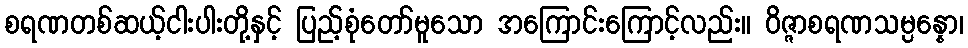
စရဏတစ်ဆယ့်ငါးပါးတို့နှင့် ပြည့်စုံတော်မူသော အကြောင်းကြောင့်လည်း။ ဝိဇ္ဇာစရဏသမ္ပန္နော၊